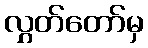
လွှတ်တော်မှ